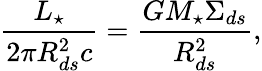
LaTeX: {\frac{L_{\star}}{2\pi R_{ds}^{2}c}}={\frac{GM_{\star}\Sigma_{ds}}{R_{ds}^{2}}},